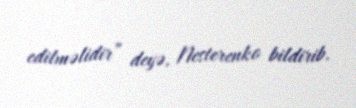
edilməlidir” deyə, Nesterenko bildirib.